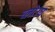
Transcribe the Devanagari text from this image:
च्लोउघ